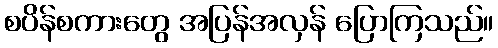
စပိန်စကားတွေ အပြန်အလှန် ပြောကြသည်။